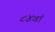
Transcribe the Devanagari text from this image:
८४वां